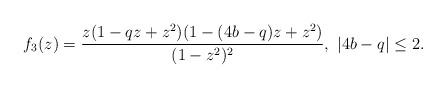
LaTeX: \begin{align*}f_3(z)= \frac{z(1-qz+z^2)(1-(4b-q)z+z^2)}{(1-z^2)^2}, \ |4b-q| \le 2.\end{align*}